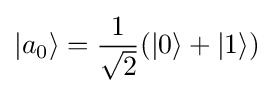
|a_{0}\rangle ={\frac {1}{\sqrt {2}}}(|0\rangle +|1\rangle )